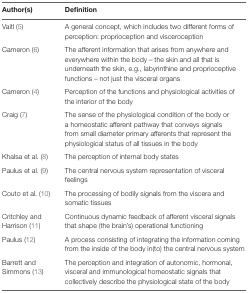
<table><thead><tr><td><b>Author(s)</b></td><td><b>Definition</b></td></tr></thead><tbody><tr><td>Vaitl (5)</td><td>A general concept, which includes two different forms of perception: proprioception and visceroception</td></tr><tr><td>Cameron (6)</td><td>The afferent information that arises from anywhere and everywhere within the body – the skin and all that is underneath the skin, e.g., labyrinthine and proprioceptive functions – not just the visceral organs</td></tr><tr><td>Cameron (4)</td><td>Perception of the functions and physiological activities of the interior of the body</td></tr><tr><td>Craig (7)</td><td>The sense of the physiological condition of the body or a homeostatic afferent pathway that conveys signals from small diameter primary afferents that represent the physiological status of all tissues in the body</td></tr><tr><td>Khalsa et al. (8)</td><td>The perception of internal body states</td></tr><tr><td>Paulus et al. (9)</td><td>The central nervous system representation of visceral feelings</td></tr><tr><td>Couto et al. (10)</td><td>The processing of bodily signals from the viscera and somatic tissues</td></tr><tr><td>Critchley and Harrison (11)</td><td>Continuous dynamic feedback of afferent visceral signals that shape (the brain’s) operational functioning</td></tr><tr><td>Paulus (12)</td><td>A process consisting of integrating the information coming from the inside of the body in(to) the central nervous system</td></tr><tr><td>Barrett and Simmons (13)</td><td>The perception and integration of autonomic, hormonal, visceral and immunological homeostatic signals that collectively describe the physiological state of the body</td></tr></tbody></table>